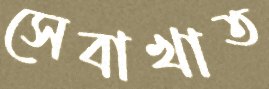
সেবাখাত